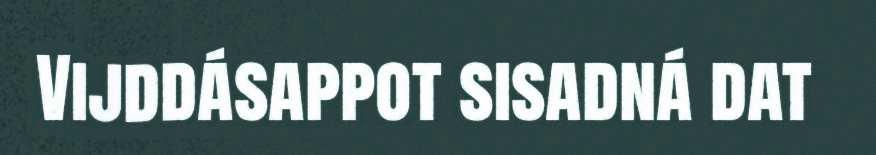
Vijddásappot sisadná dat